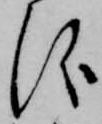
儀